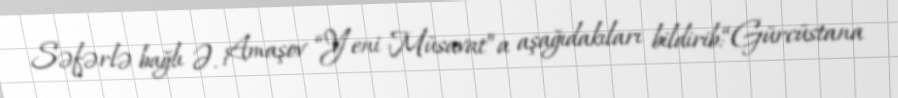
Səfərlə bağlı Ə. Amaşov “Yeni Müsavat”a aşağıdakıları bildirib:“Gürcüstana